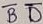
Text: TD